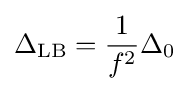
\Delta _{\mathrm {LB} }={\frac {1}{f^{2}}}\Delta _{0}